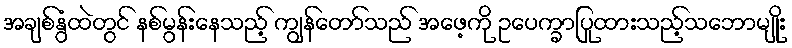
အချစ်နွံထဲတွင် နစ်မွန်းနေသည့် ကျွန်တော်သည် အဖေ့ကို ဥပေက္ခာပြုထားသည့်သဘောမျိုး